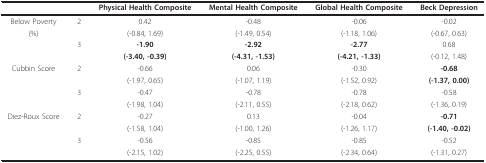
|  |  | Physical Health Composite | Mental Health Composite | Global Health Composite | Beck Depression |
 | --- | --- | --- | --- | --- | --- |
 | Below Poverty | 2 | 0.42 | -0.48 | -0.06 | -0.02 |
 | (%) |  | (-0.84, 1.69) | (-1.49, 0.54) | (-1.18, 1.06) | (-0.67, 0.63) |
 |  | 3 | -1.90 | -2.92 | -2.77 | 0.68 |
 |  |  | (-3.40, -0.39) | (-4.31, -1.53) | (-4.21, -1.33) | (-0.12, 1.48) |
 | Cubbin Score | 2 | -0.66 | 0.06 | -0.30 | -0.68 |
 |  |  | (-1.97, 0.65) | (-1.07, 1.19) | (-1.52, 0.92) | (-1.37, 0.00) |
 |  | 3 | -0.47 | -0.78 | -0.78 | -0.58 |
 |  |  | (-1.98, 1.04) | (-2.11, 0.55) | (-2.18, 0.62) | (-1.36, 0.19) |
 | Diez-Roux Score | 2 | -0.27 | 0.13 | -0.04 | -0.71 |
 |  |  | (-1.58, 1.04) | (-1.00, 1.26) | (-1.26, 1.17) | (-1.40, -0.02) |
 |  | 3 | -0.56 | -0.85 | -0.85 | -0.52 |
 |  |  | (-2.15, 1.02) | (-2.25, 0.55) | (-2.34, 0.64) | (-1.31, 0.27) |